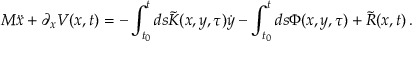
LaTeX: M \ddot { x } + \partial _ { x } V ( x , t ) = - \int _ { t _ { 0 } } ^ { t } d s \tilde { K } ( x , y , \tau ) \dot { y } - \int _ { t _ { 0 } } ^ { t } d s \Phi ( x , y , \tau ) + \tilde { R } ( x , t ) \, .